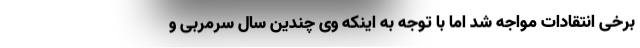
برخی انتقادات مواجه شد اما با توجه به اینکه وی چندین سال سرمربی و